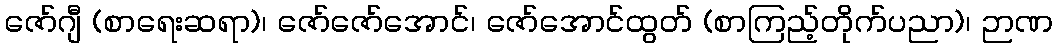
ဇော်ဂျီ (စာရေးဆရာ)၊ ဇော်ဇော်အောင်၊ ဇော်အောင်ထွတ် (စာကြည့်တိုက်ပညာ)၊ ဉာဏ